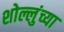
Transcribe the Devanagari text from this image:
शोल्लुंच्या